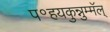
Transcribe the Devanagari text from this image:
प॰हयकुन्नुम्मॅल्